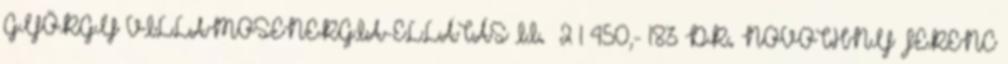
GYÖRGY VILLAMOSENERGIA-ELLÁTÁS II. 2 1 450,- 183 DR. NOVOTHNY FERENC